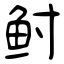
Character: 鲋